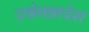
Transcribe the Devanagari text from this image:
उत्प्रेधप्रादेश